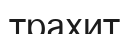
трахит